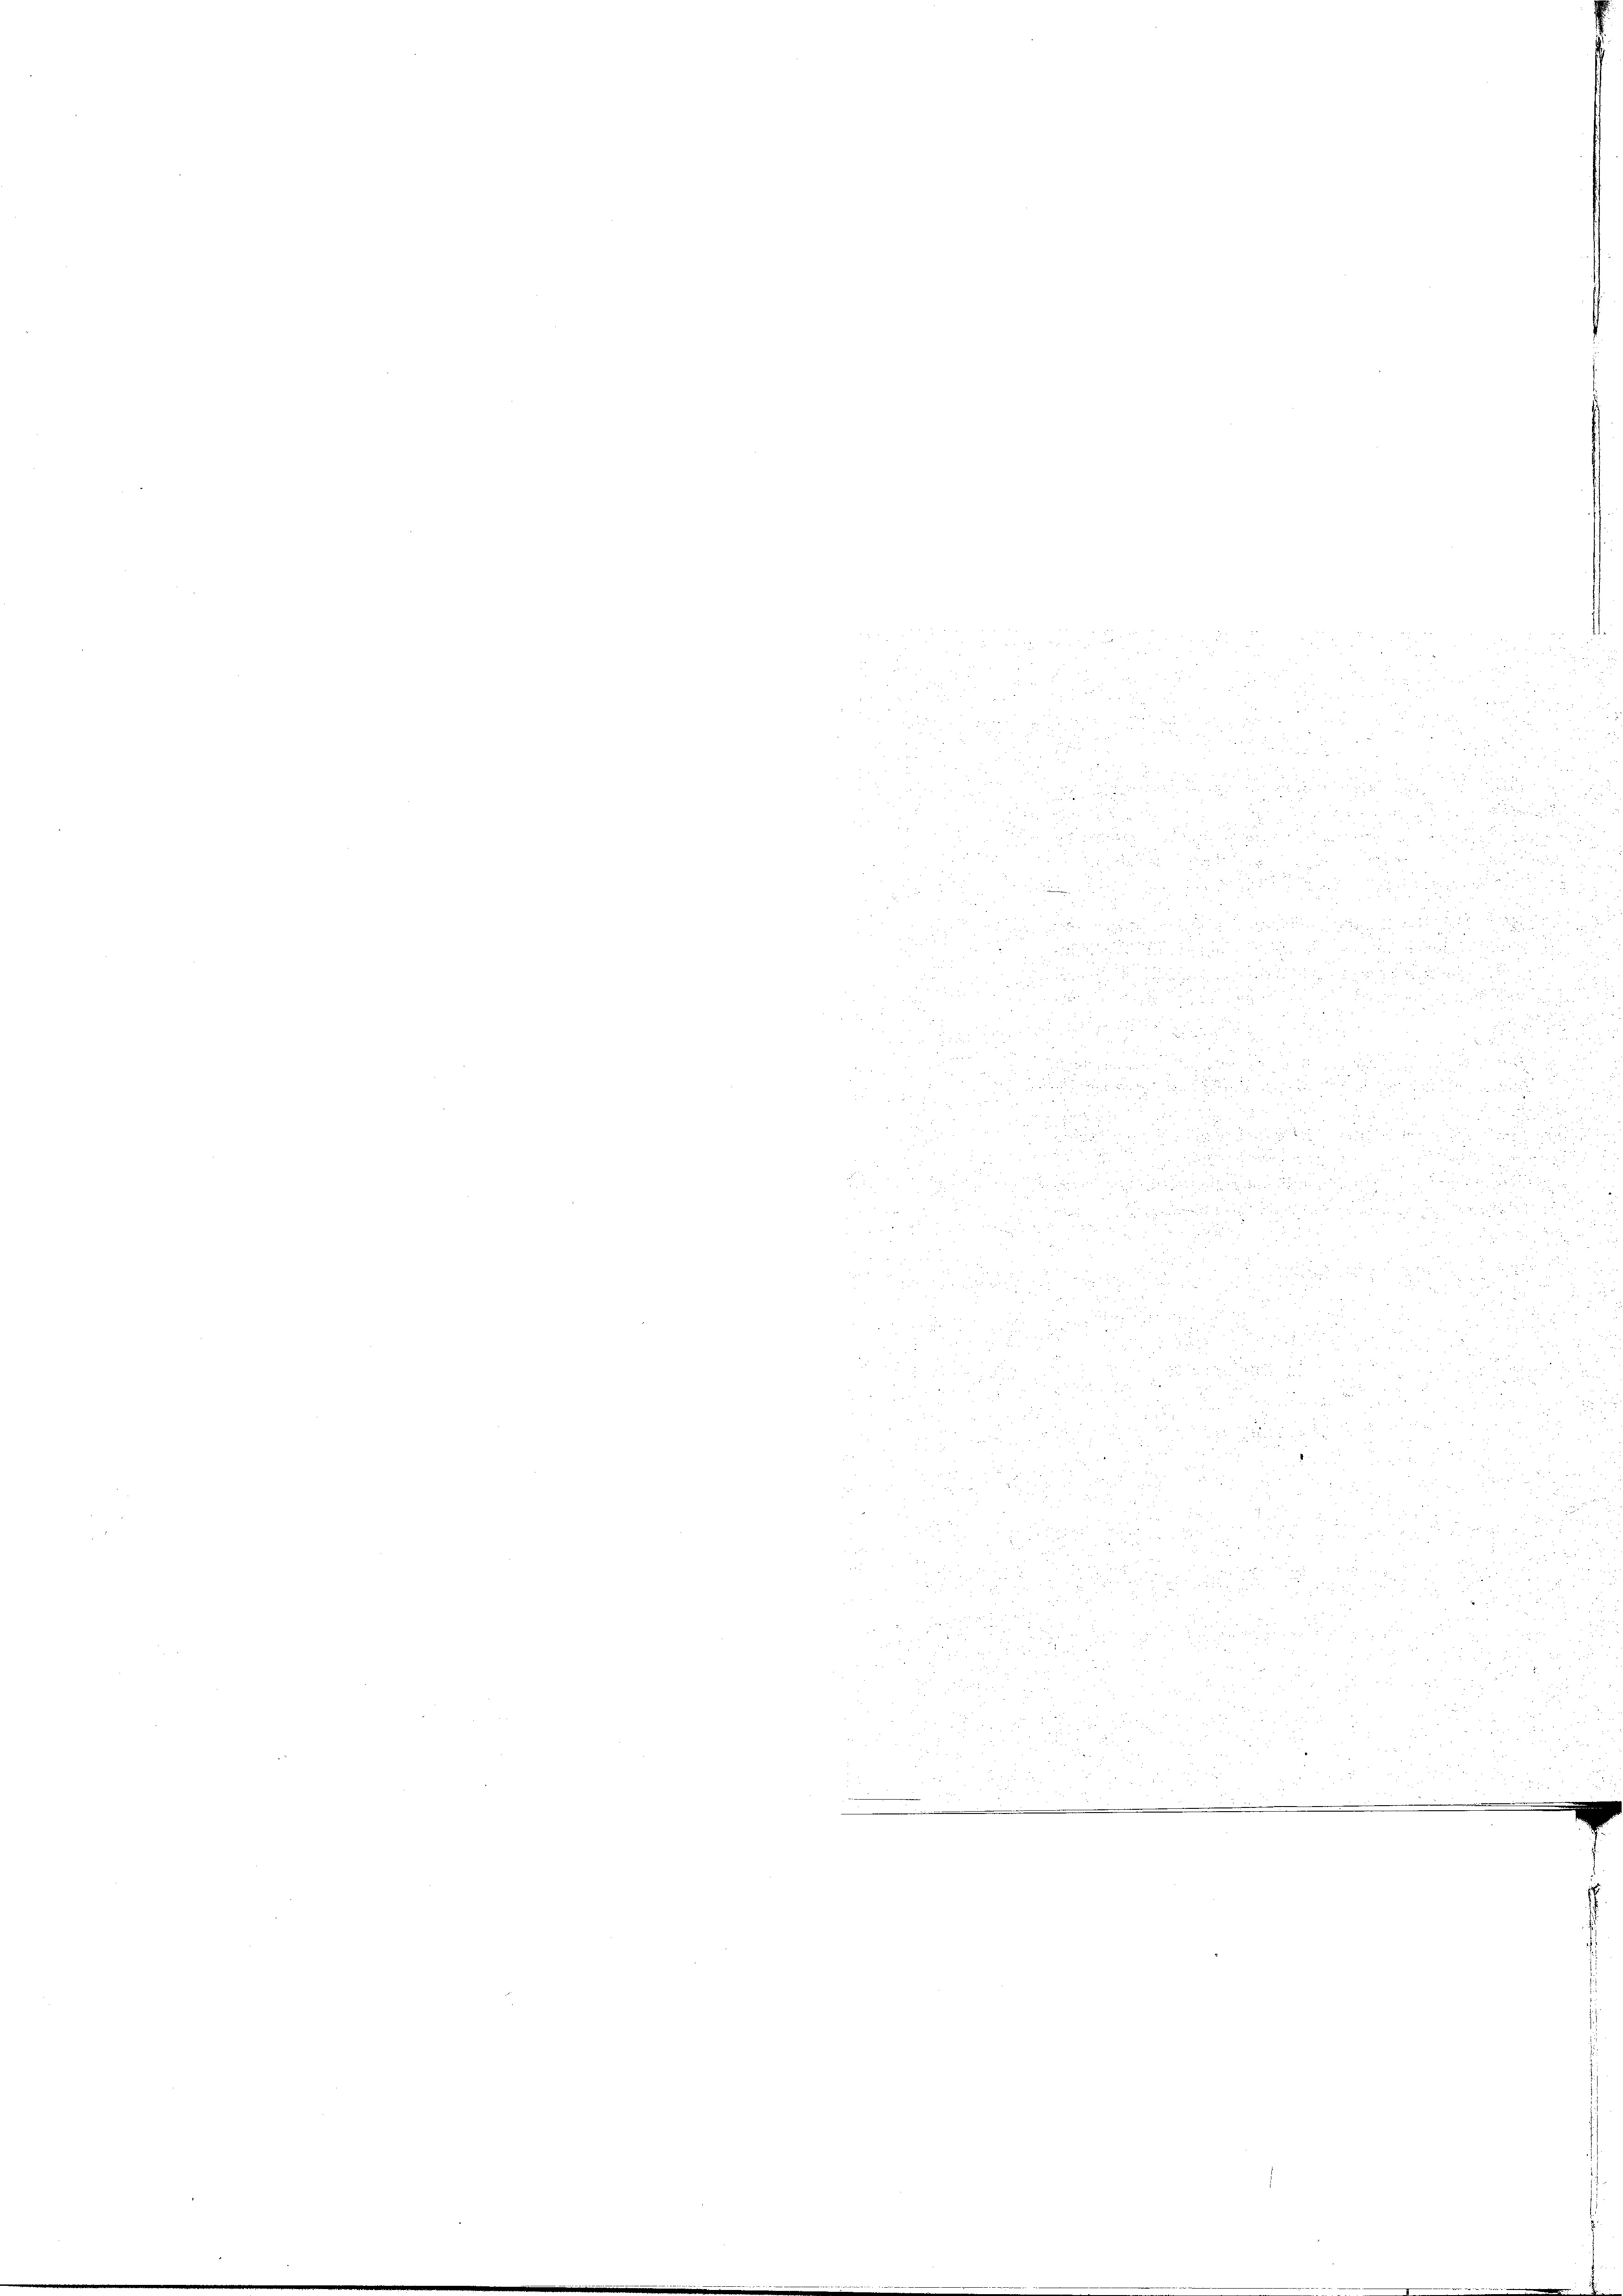
u

i